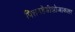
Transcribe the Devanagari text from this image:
पित्तनहेडीझोजाकला